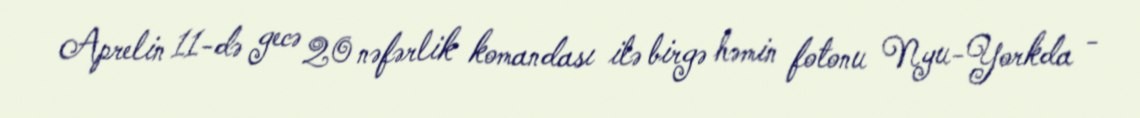
Aprelin 11-də gecə 20 nəfərlik komandası ilə birgə həmin fotonu Nyu-Yorkda -